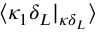
\langle \kappa _ { 1 } \delta _ { L } | _ { \kappa \delta _ { L } } \rangle